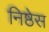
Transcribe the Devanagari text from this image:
निष्ठेस